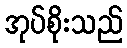
အုပ်စိုးသည်